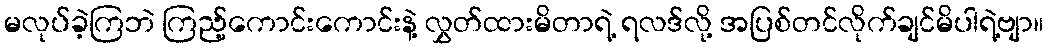
မလုပ်ခဲ့ကြဘဲ ကြည့်ကောင်းကောင်းနဲ့ လွှတ်ထားမိတာရဲ့ ရလဒ်လို့ အပြစ်တင်လိုက်ချင်မိပါရဲ့ဗျာ။